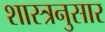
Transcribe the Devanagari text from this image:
शास्त्रनुसार